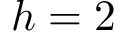
h = 2